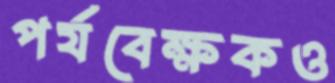
পর্যবেক্ষকও